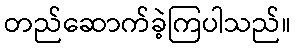
တည်ဆောက်ခဲ့ကြပါသည်။